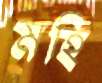
মহি